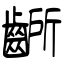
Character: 齭